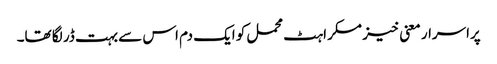
پراسرار معنی خیز مسکراہٹ محمل کو ایک دم اس سے بہت ڈر لگا تھا۔